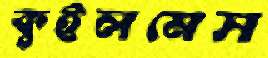
কুইলমেস